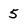
Character: 5